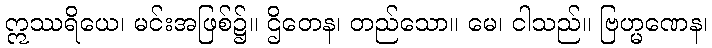
ဣဿရိယေ၊ မင်းအဖြစ်၌။ ဌိတေန၊ တည်သော။ မေ၊ ငါသည်။ ဗြဟ္မဏေန၊